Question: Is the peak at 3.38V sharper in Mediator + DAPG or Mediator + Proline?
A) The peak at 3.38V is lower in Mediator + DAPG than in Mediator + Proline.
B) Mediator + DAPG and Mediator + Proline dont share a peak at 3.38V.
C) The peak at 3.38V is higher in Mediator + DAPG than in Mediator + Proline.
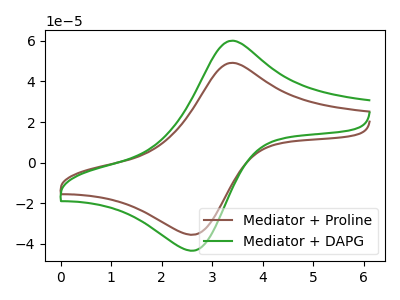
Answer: <think>The brown curve "Mediator + Proline" has an anodic peak at (3.40V, 49.15uA) and a cathodic peak at (2.65V, -35.35uA). The green curve "Mediator + DAPG" has an anodic peak at (3.40V, 60.05uA) and a cathodic peak at (2.65V, -43.20uA).</think>
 <answer>C) The peak at 3.38V is higher in "Mediator + DAPG" than in "Mediator + Proline".</answer>
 <eval>C</eval>